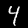
Label: 4